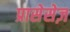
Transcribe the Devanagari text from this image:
प्रासेसेज़